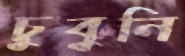
চুবুনি